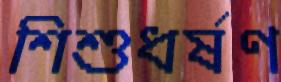
শিশুধর্ষণ